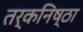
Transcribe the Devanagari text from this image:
तर्कनिष्ठा